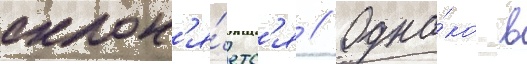
склон'я́етс'я // Одна́ко в